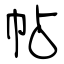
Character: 帖